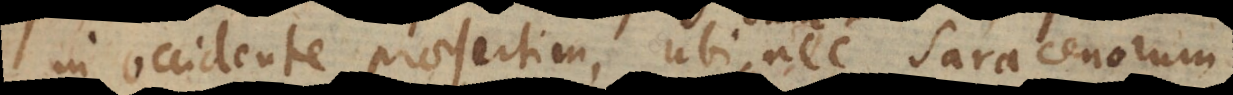
in occidente praesertim, ubi nec Saracenorum